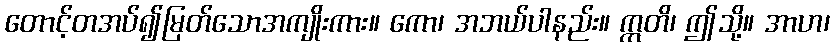
တောင့်တအပ်၍မြတ်သောအကျိုးကား။ ကော၊ အဘယ်ပါနည်း။ ဣတိ၊ ဤသို့။ အာဟ၊